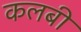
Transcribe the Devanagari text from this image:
कलबी